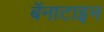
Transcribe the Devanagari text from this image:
बॅनाटाइन